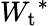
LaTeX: {W_{\mathrm{{t}}}}^{*}